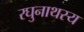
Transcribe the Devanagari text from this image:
रघुनाथस्य